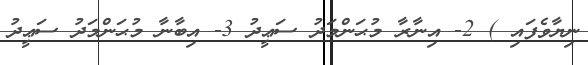
ނިޔާވެފައި ) 2- އިނާރާ މުޙަންމަދު ސަޢީދު 3- އިބާނާ މުޙަންމަދު ސަޢީދު